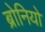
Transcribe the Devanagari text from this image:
ब्रोनियो